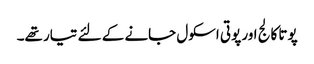
پوتا کالج اور پوتی اسکول جانے کے لئے تیار تھے۔